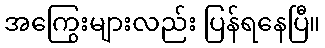
အကြွေးများလည်း ပြန်ရနေပြီ။